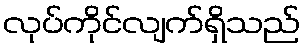
လုပ်ကိုင်လျက်ရှိသည်